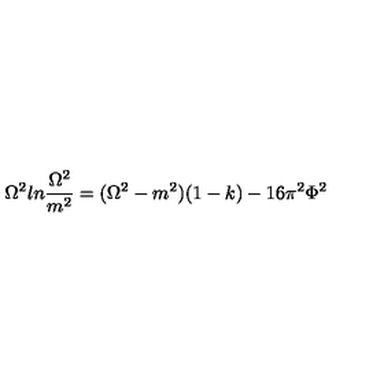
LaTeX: \Omega ^ { 2 } l n { \frac { \Omega ^ { 2 } } { m ^ { 2 } } } = ( \Omega ^ { 2 } - m ^ { 2 } ) ( 1 - k ) - 1 6 \pi ^ { 2 } \Phi ^ { 2 }